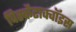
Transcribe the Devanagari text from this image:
पिस्कैटाक्वॉइस